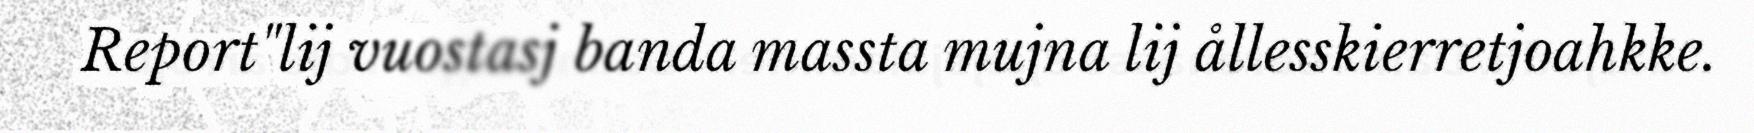
Report"lij vuostasj banda massta mujna lij ållesskierretjoahkke.